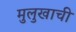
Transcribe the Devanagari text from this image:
मुलुखाची